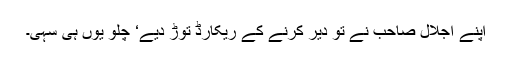
اپنے اجلال صاحب نے تو دیر کرنے کے ریکارڈ توڑ دیے‘ چلو یوں ہی سہی۔